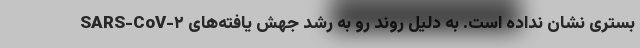
بستری نشان نداده است. به دلیل روند رو به رشد جهش یافته‌های SARS-CoV-۲